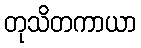
တုသိတကာယာ